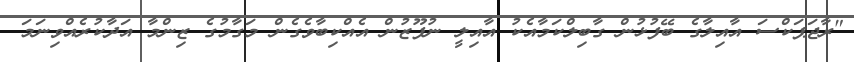
"ރާޖަޕަކްސަ އާއިލާގެ ބޭފުޅުން ގާބިލްކަމާއެކު އާއިލީ ނުފޫޒުން އެއްކިބާވެގެން މަގާމުގެ ޒިންމާ އަދާކުރެއްވިނަމަ